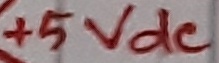
Text: +5Vdc